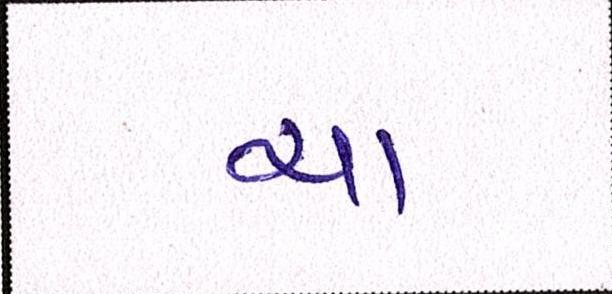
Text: યા